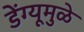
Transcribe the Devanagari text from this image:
डेंग्यूमुळे